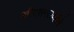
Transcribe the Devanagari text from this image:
जीएसएलव्हीचे